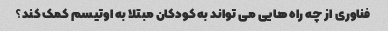
فناوری از چه راه هایی می تواند به کودکان مبتلا به اوتیسم کمک کند؟